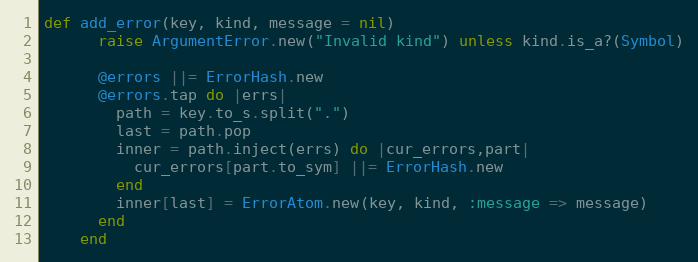
Language: Ruby
def add_error(key, kind, message = nil)
      raise ArgumentError.new("Invalid kind") unless kind.is_a?(Symbol)

      @errors ||= ErrorHash.new
      @errors.tap do |errs|
        path = key.to_s.split(".")
        last = path.pop
        inner = path.inject(errs) do |cur_errors,part|
          cur_errors[part.to_sym] ||= ErrorHash.new
        end
        inner[last] = ErrorAtom.new(key, kind, :message => message)
      end
    end